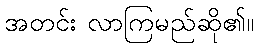
အတင်း လာကြမည်ဆို၏။